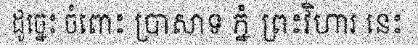
ដូច្នេះ ចំពោះ ប្រាសាទ ភ្នំ ព្រះវិហារ នេះ